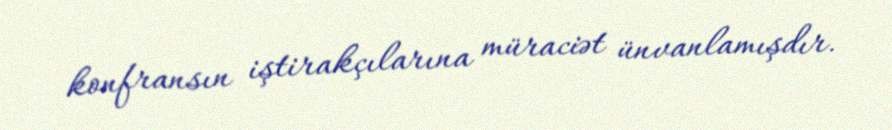
konfransın iştirakçılarına müraciət ünvanlamışdır.